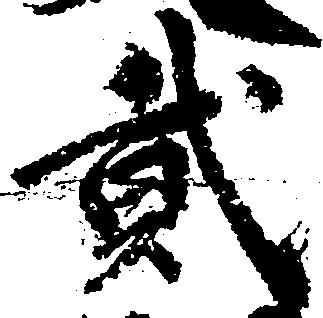
弐